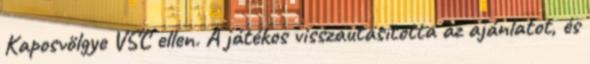
Kaposvölgye VSC ellen. A játékos visszautasította az ajánlatot, és